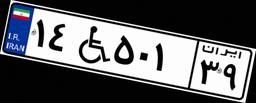
۱۴W۵۰۱۳۹